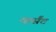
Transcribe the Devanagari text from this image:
व्हर्संट